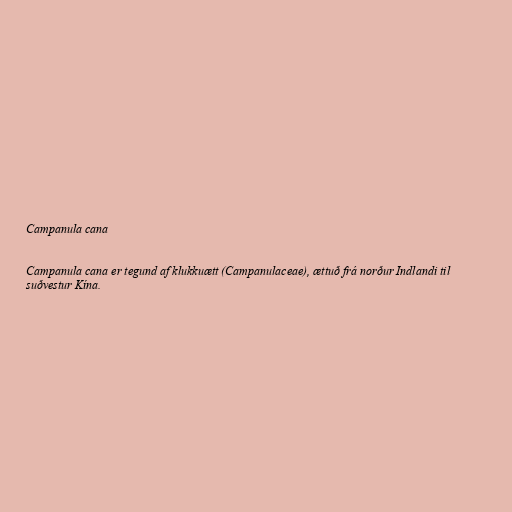
Campanula cana

Campanula cana er tegund af klukkuætt (Campanulaceae), ættuð frá norður Indlandi til
suðvestur Kína.